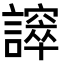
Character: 𧬵